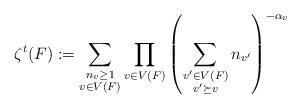
LaTeX: \begin{align*} \zeta^t(F) := \sum_{\substack{ n_v\geq1\\v\in V(F)}}\prod_{v\in V(F)}\left(\sum_{\substack{v'\in V(F)\\ v'\succeq v}}n_{v'}\right)^{-\alpha_v} \end{align*}